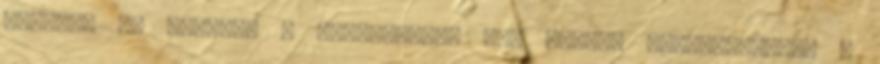
szívet? De ezekkel a kérdésekkel nem sokáig foglalkoztam. A